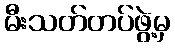
မီးသတ်တပ်ဖွဲ့မှ